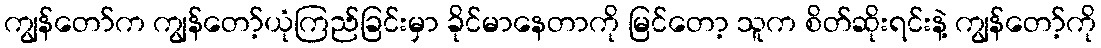
ကျွန်တော်က ကျွန်တော့်ယုံကြည်ခြင်းမှာ ခိုင်မာနေတာကို မြင်တော့ သူက စိတ်ဆိုးရင်းနဲ့ ကျွန်တော့်ကို